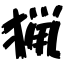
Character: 猟